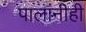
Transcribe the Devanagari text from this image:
पालांनीही